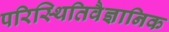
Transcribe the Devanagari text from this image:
परिस्थितिवैज्ञानिक